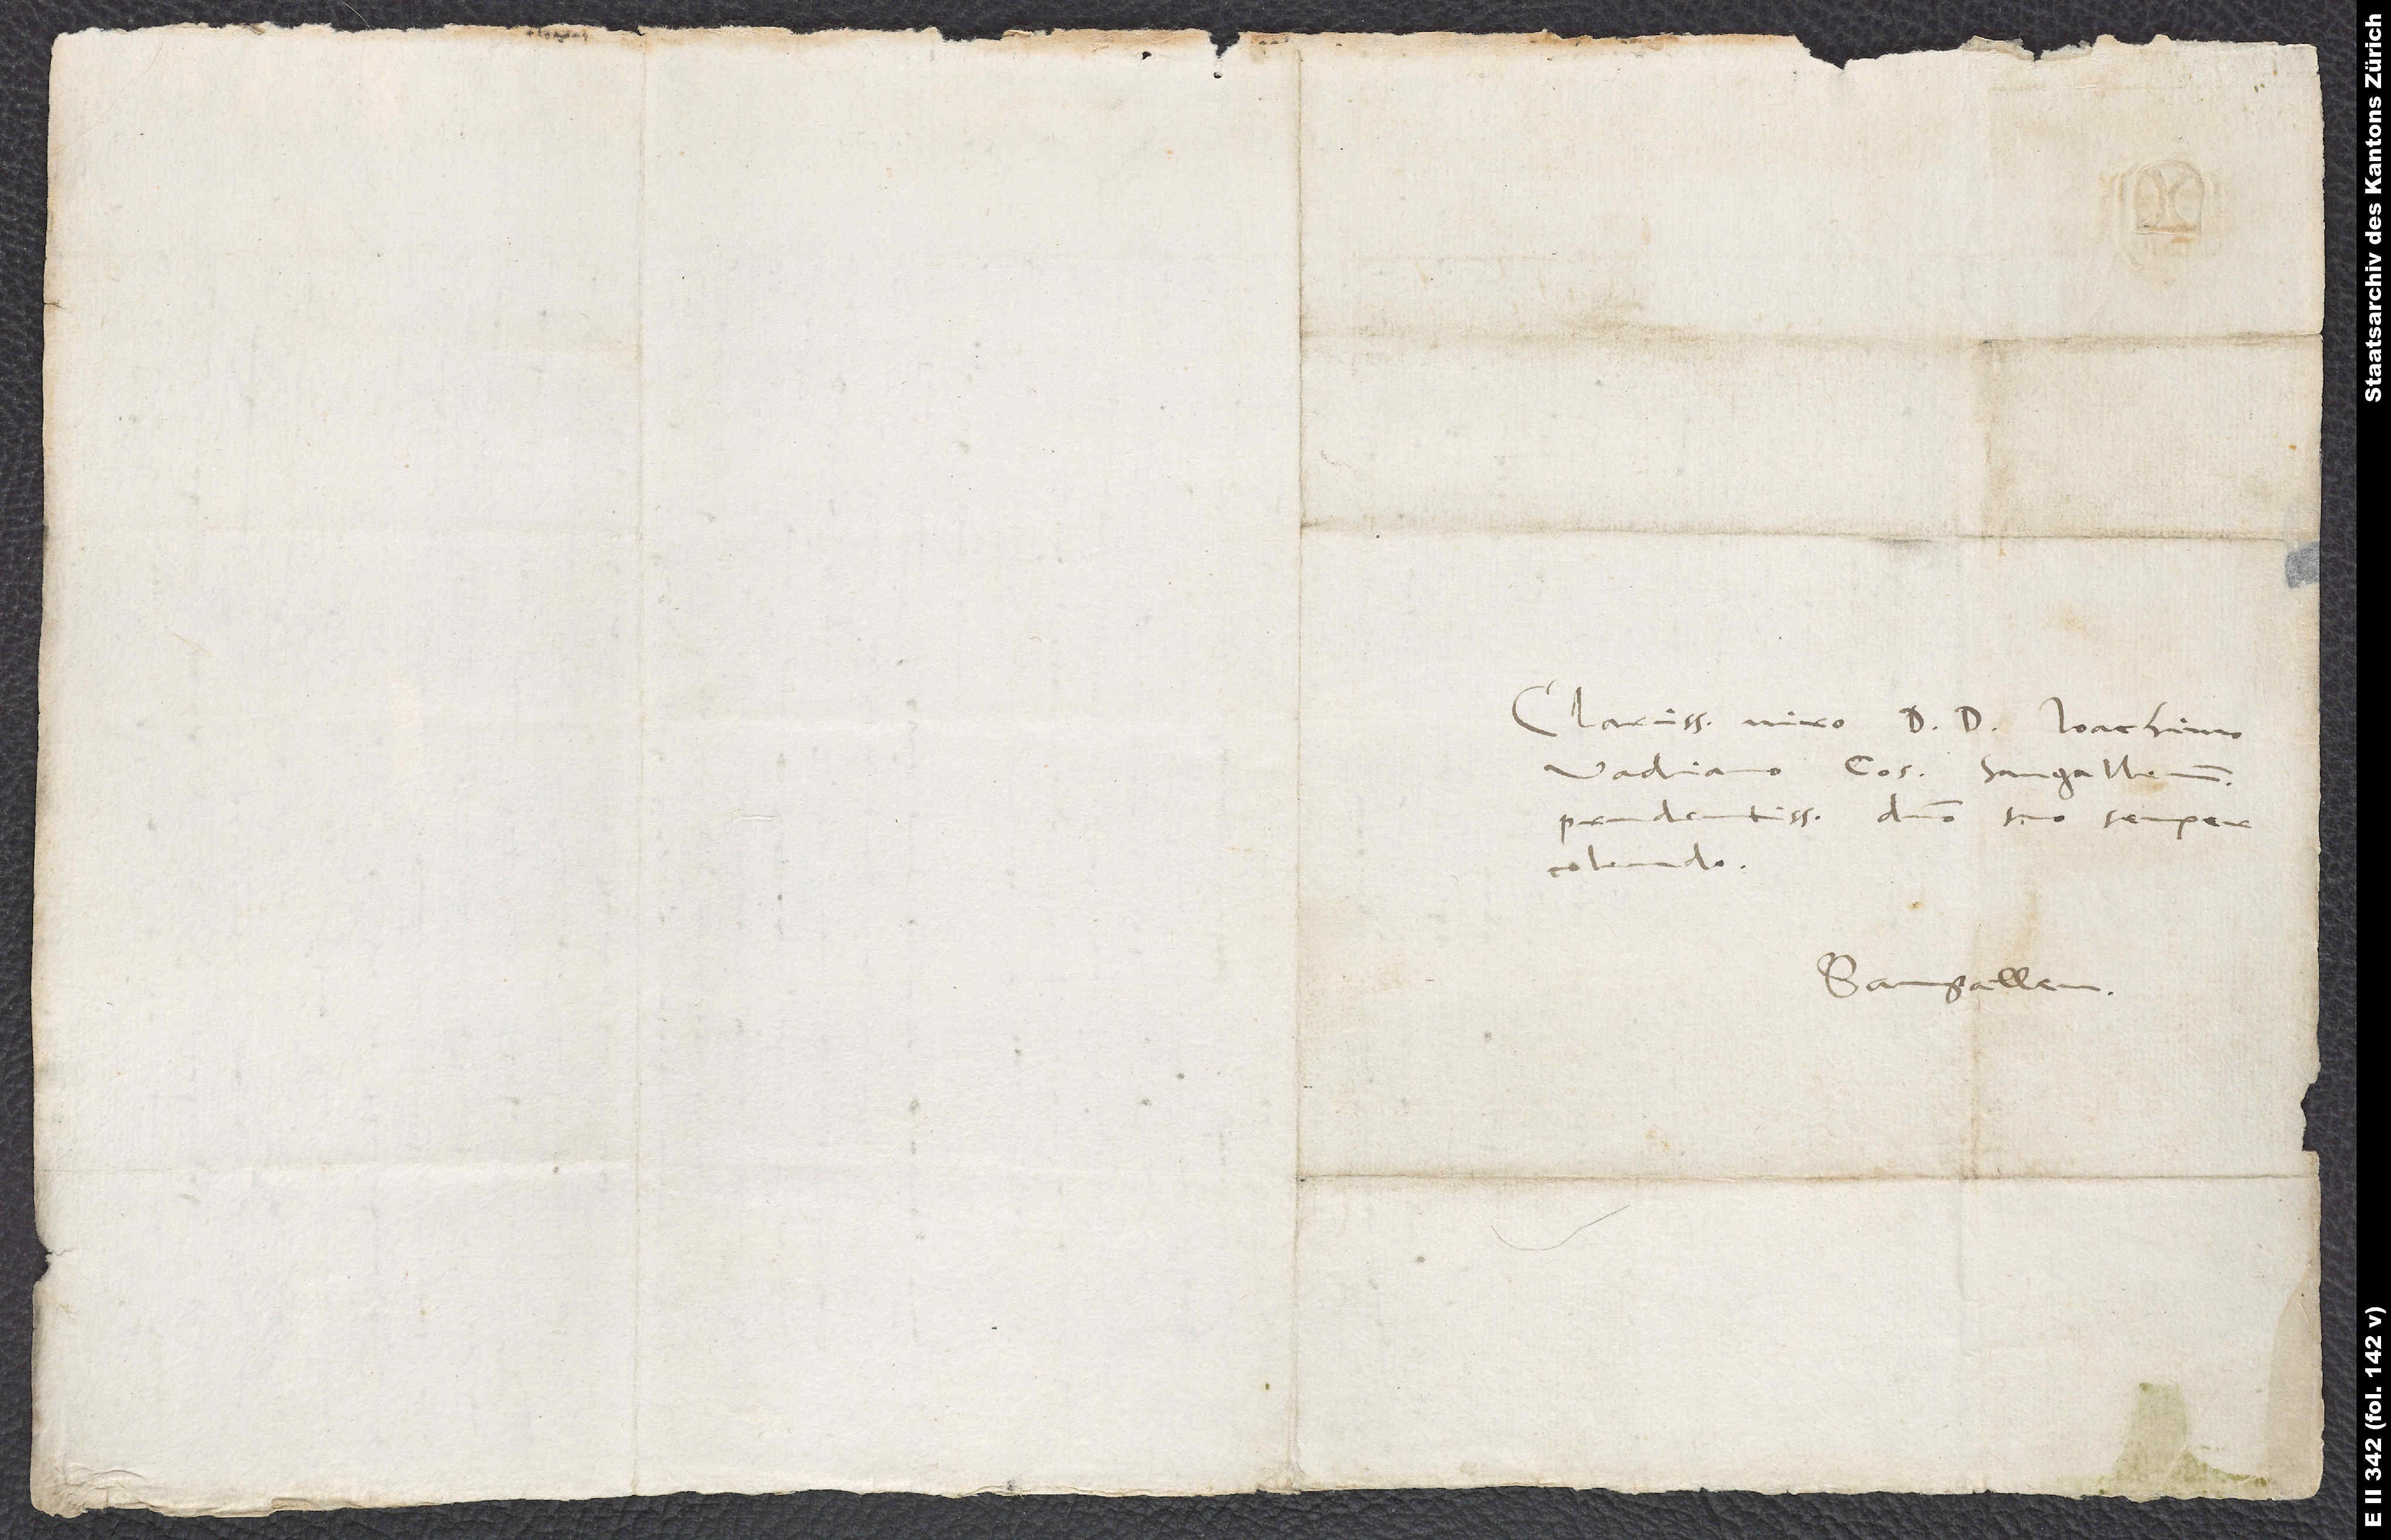
Clarissimo viro D. D. Ioachimo
Vadiano, consuli Sangallensi
prudentissimo, domino suo semper
Sangallen.